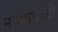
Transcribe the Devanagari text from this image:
नामधारीशी